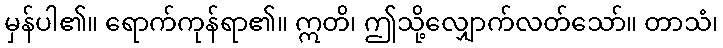
မှန်ပါ၏။ ရောက်ကုန်ရာ၏။ ဣတိ၊ ဤသို့လျှောက်လတ်သော်။ တာသံ၊